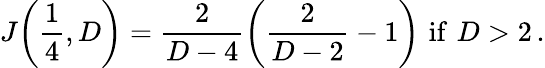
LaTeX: J\bigg(\frac{1}{4},D\bigg)=\frac{2}{D-4}\bigg(\frac{2}{D-2}-1\bigg)\, \, \mathrm{if}\, \, D>2\, .